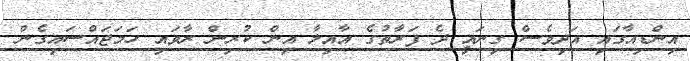
އިންޑިއާގައި އަދިވެސް ގިނައީ ދެ ފަރާތުގެ އާއިލާ އިން ކުރިން ރާވައި ހަމަޖައްސައިގެން